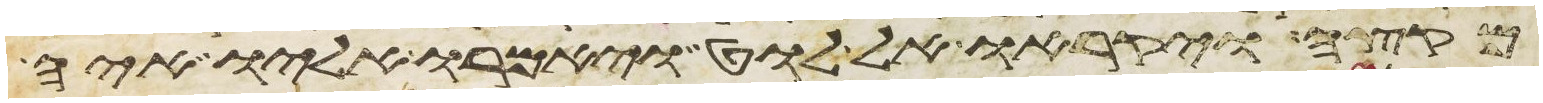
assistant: מקצה ויקראו אל לוט ויאמרו אליו איה